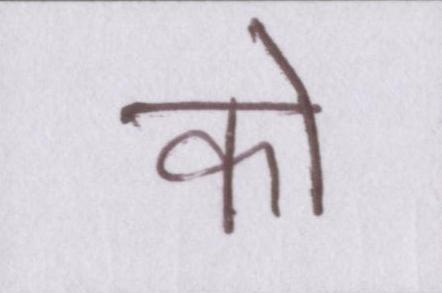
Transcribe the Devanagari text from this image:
को